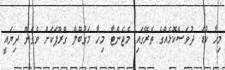
މިހާ ކުޑަ ދުވަސްކޮޅެއްގެ ތެރޭގައި މެޖެންޓާ މިހާ މަގުބޫލް ގްރޫޕަކަށް ވެގެން ދިޔައީ